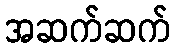
အဆက်ဆက်